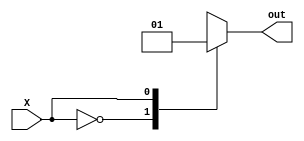
module X_case_statement(
    input wire X,
    output reg out
);

always @(X) begin
    case(X)
        1'b0: // X is 0
            out = 1'b0; // Perform some operation
        1'b1: // X is 1
            out = 1'b1; // Perform some other operation
        default: // X is unknown or uninitialized
            out = 1'bx; // Perform default operation
    endcase
end

endmodule